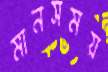
মানসময়